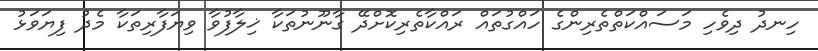
ހިނދު ދިވެހި މަސައްކަތްތެރިންގެ ހައްގުތައް ރައްކާތެރިކޮށްދޭ ގާނޫނުތަކާ ޚިލާފުވާ ވިޔަފާރިތަކާ މެދު ފިޔަވަޅު